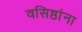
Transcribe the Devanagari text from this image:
वसिष्ठांना